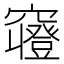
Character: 𱷚